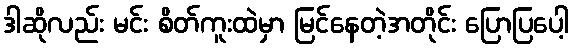
ဒါဆိုလည်း မင်း စိတ်ကူးထဲမှာ မြင်နေတဲ့အတိုင်း ပြောပြပေါ့